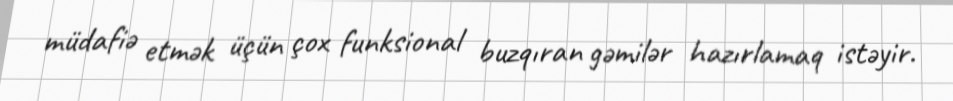
müdafiə etmək üçün çox funksional buzqıran gəmilər hazırlamaq istəyir.